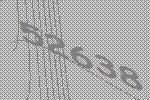
52638